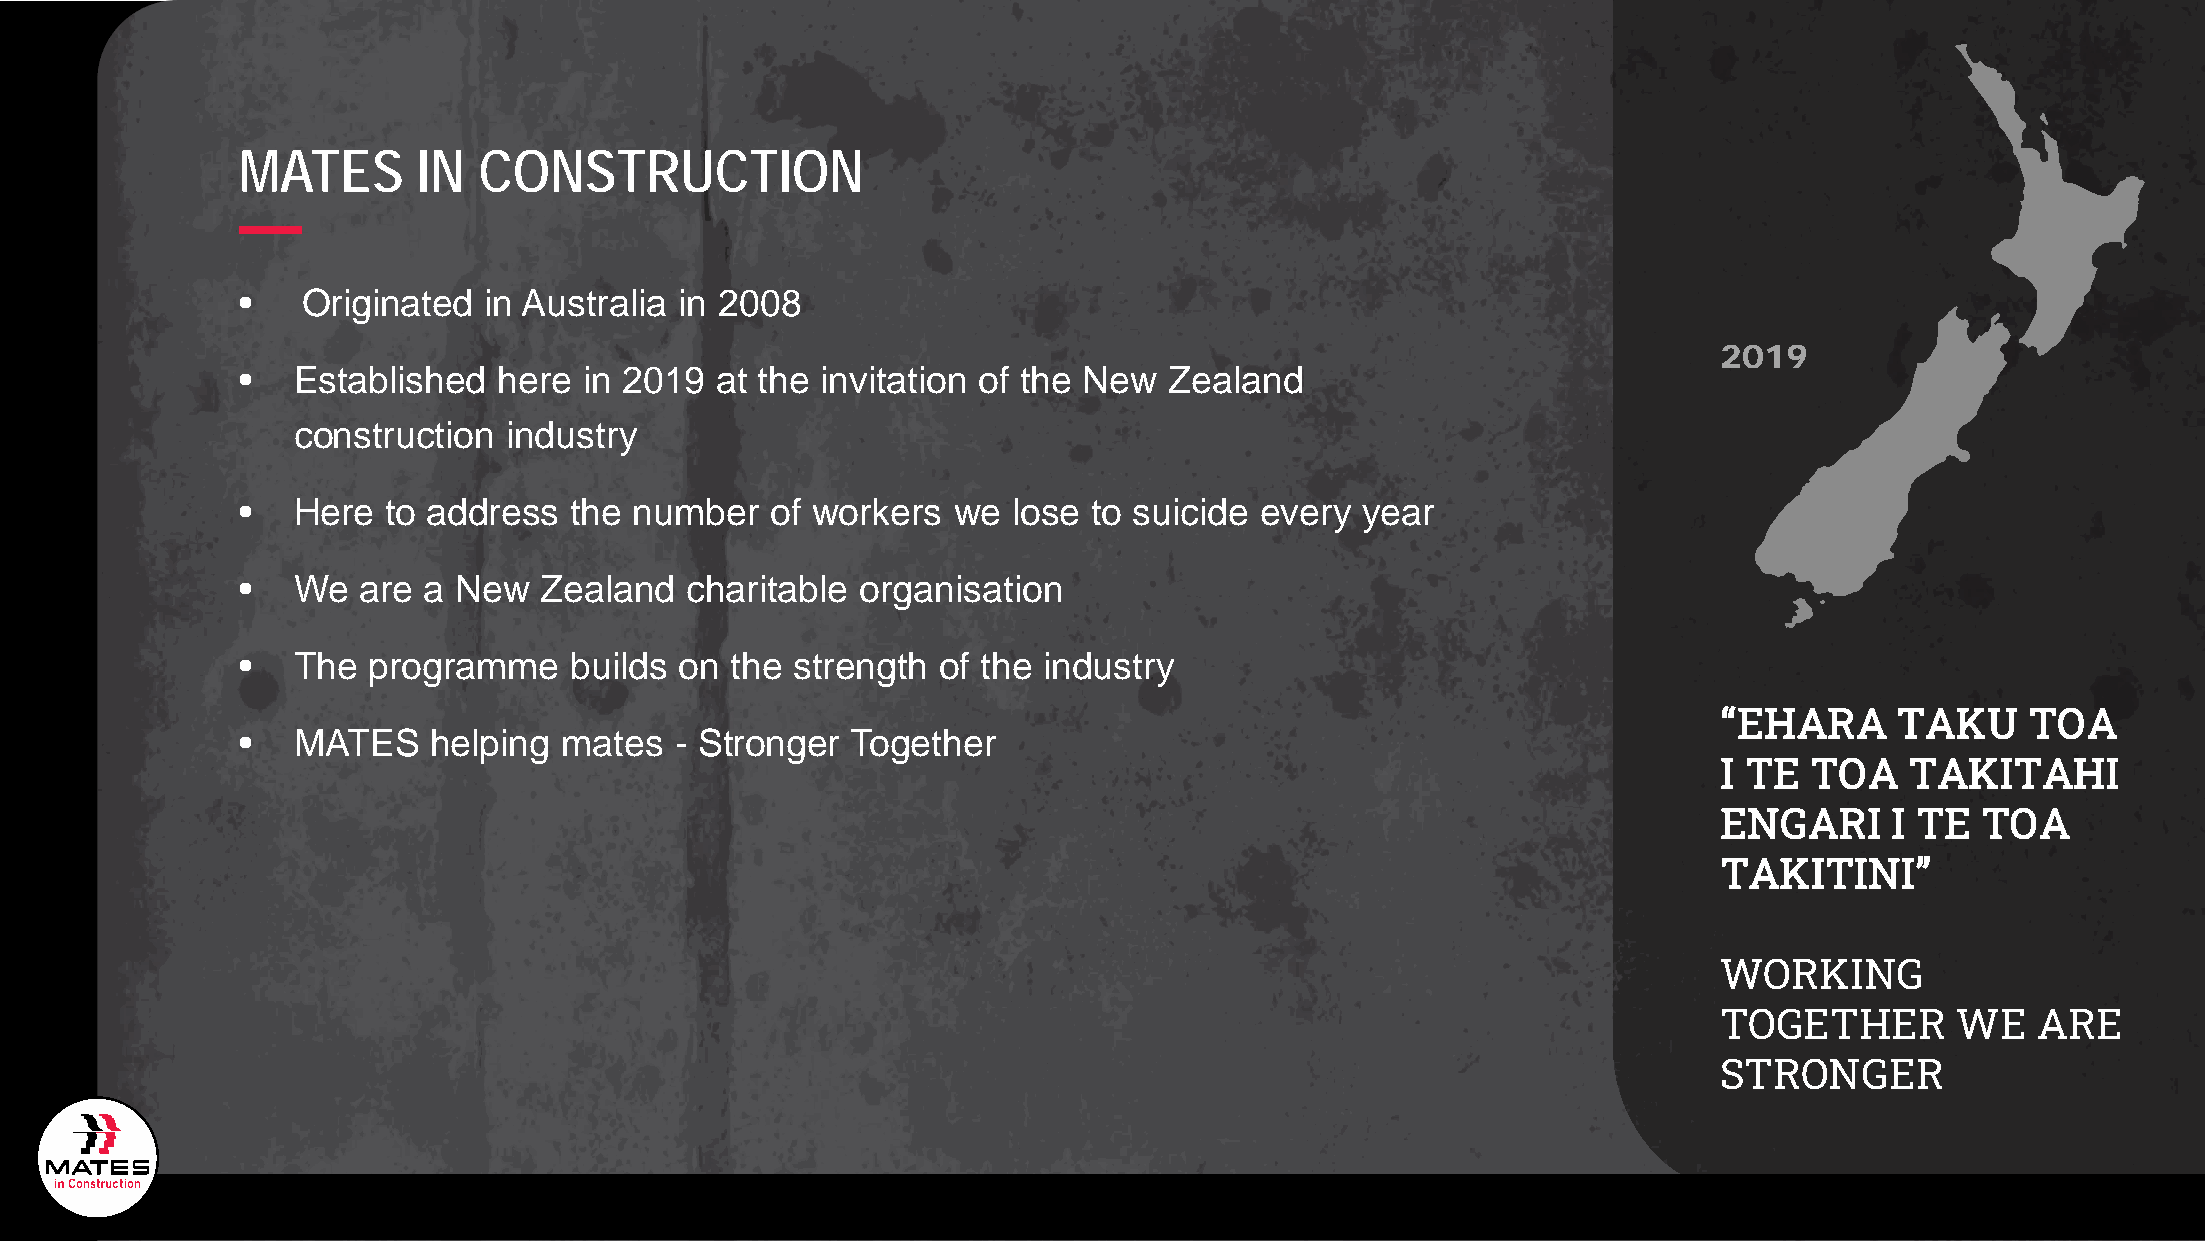
MATES       IN  CONSTRUCTION
 •   Originated  in Australia in 2008
 2019
 •  Established   here  in 2019 at the invitation of the New  Zealand
 construction   industry
 •  Here   to address  the number   of workers  we  lose to suicide every  year
 •  We   are a New   Zealand  charitable  organisation
 •  The  programme     builds on the  strength of the industry
 “EHARA      TAKU    TOA
 •  MATES     helping mates   - Stronger Together
 I TE  TOA   TAKITAHI
 ENGARI     I TE  TOA
 TAKITINI”
 WORKING
 TOGETHER        WE   ARE
 STRONGER